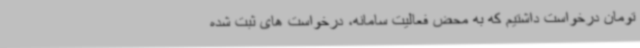
تومان درخواست داشتیم که به محض فعالیت سامانه، درخواست های ثبت شده